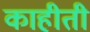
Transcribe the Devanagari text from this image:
काहीती